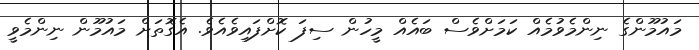
މައުމޫންގެ ނިންމެވުމެއް ކަމަށްވެސް ބައެއް މީހުން ސިފަ ކޮށްފައިވެއެވެ. އެގޮތަށް މައުމޫން ނިންމެވީ